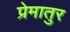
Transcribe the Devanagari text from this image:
प्रेमातुर